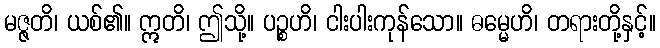
မဇ္ဇတိ၊ ယစ်၏။ ဣတိ၊ ဤသို့။ ပဉ္စဟိ၊ ငါးပါးကုန်သော။ ဓမ္မေဟိ၊ တရားတို့နှင့်။